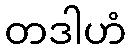
တဒါဟံ